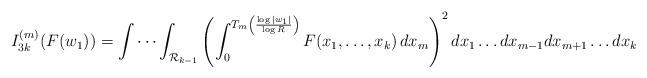
LaTeX: \begin{align*}I_{3k}^{(m)}(F(w_1))= \idotsint_{\mathcal{R}_{k-1}} \left( \int_0^{T_m\left(\frac{\log |w_1|}{\log R}\right)} F(x_1,\dots,x_k) \, dx_m\right)^2 dx_1 \dots dx_{m-1}dx_{m+1}\dots dx_k\end{align*}